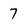
Character: 7